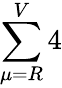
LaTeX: \sum\limits_{\mu=R}^{V}4